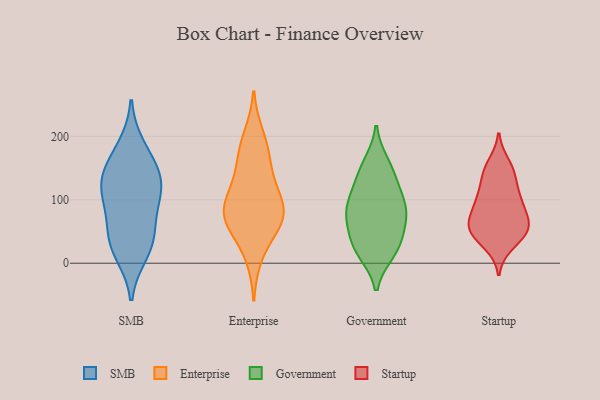
{"axis": {"x": "Churn Rate (%)", "y": "Value"}, "legend": ["Enterprise", "Government", "SMB", "Startup"], "data": [{"x": "", "y": 157, "type": "SMB"}, {"x": "", "y": 184, "type": "SMB"}, {"x": "", "y": 54, "type": "SMB"}, {"x": "", "y": 136, "type": "SMB"}, {"x": "", "y": 116, "type": "SMB"}, {"x": "", "y": 15, "type": "SMB"}, {"x": "", "y": 27, "type": "SMB"}, {"x": "", "y": 104, "type": "SMB"}, {"x": "", "y": 138, "type": "SMB"}, {"x": "", "y": 99, "type": "SMB"}, {"x": "", "y": 44, "type": "SMB"}, {"x": "", "y": 12, "type": "Enterprise"}, {"x": "", "y": 117, "type": "Enterprise"}, {"x": "", "y": 72, "type": "Enterprise"}, {"x": "", "y": 60, "type": "Enterprise"}, {"x": "", "y": 200, "type": "Enterprise"}, {"x": "", "y": 177, "type": "Enterprise"}, {"x": "", "y": 163, "type": "Enterprise"}, {"x": "", "y": 68, "type": "Enterprise"}, {"x": "", "y": 73, "type": "Enterprise"}, {"x": "", "y": 126, "type": "Enterprise"}, {"x": "", "y": 93, "type": "Enterprise"}, {"x": "", "y": 80, "type": "Enterprise"}, {"x": "", "y": 85, "type": "Government"}, {"x": "", "y": 76, "type": "Government"}, {"x": "", "y": 147, "type": "Government"}, {"x": "", "y": 68, "type": "Government"}, {"x": "", "y": 73, "type": "Government"}, {"x": "", "y": 106, "type": "Government"}, {"x": "", "y": 35, "type": "Government"}, {"x": "", "y": 98, "type": "Government"}, {"x": "", "y": 31, "type": "Government"}, {"x": "", "y": 130, "type": "Government"}, {"x": "", "y": 19, "type": "Government"}, {"x": "", "y": 157, "type": "Government"}, {"x": "", "y": 17, "type": "Government"}, {"x": "", "y": 110, "type": "Startup"}, {"x": "", "y": 50, "type": "Startup"}, {"x": "", "y": 81, "type": "Startup"}, {"x": "", "y": 139, "type": "Startup"}, {"x": "", "y": 75, "type": "Startup"}, {"x": "", "y": 59, "type": "Startup"}, {"x": "", "y": 54, "type": "Startup"}, {"x": "", "y": 29, "type": "Startup"}, {"x": "", "y": 149, "type": "Startup"}, {"x": "", "y": 101, "type": "Startup"}, {"x": "", "y": 157, "type": "Startup"}, {"x": "", "y": 96, "type": "Startup"}, {"x": "", "y": 35, "type": "Startup"}, {"x": "", "y": 60, "type": "Startup"}, {"x": "", "y": 137, "type": "Startup"}, {"x": "", "y": 102, "type": "Startup"}, {"x": "", "y": 54, "type": "Startup"}, {"x": "", "y": 54, "type": "Startup"}]}